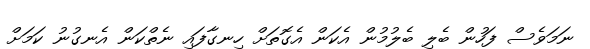
ނަމަވެސް ފަހުން ބެލި ބެލުމުން އެކަން އެގޮތަށް ހިނގާފައި ނެތްކަން އެނގުނު ކަމަށް